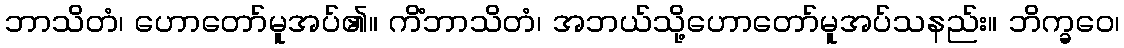
ဘာသိတံ၊ ဟောတော်မူအပ်၏။ ကိံဘာသိတံ၊ အဘယ်သို့ဟောတော်မူအပ်သနည်း။ ဘိက္ခဝေ၊